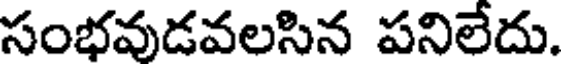
సంభవుడవలసిన పనిలేదు.